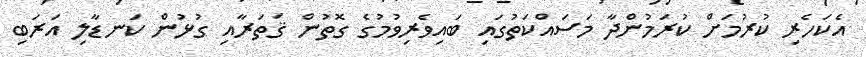
އެކަހެރި ކުރުމަށް ކުރަމުންދާ މަސައްކަތުގައި ބައިވެރިވުމުގެ ގޮތުން ޤަތަރާއި ގުޅުން ކަނޑާލި އަރަބި